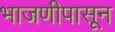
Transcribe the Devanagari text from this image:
भाजणीपासून